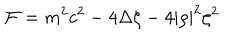
{ \cal F } = m ^ { 2 } c ^ { 2 } - 4 \Delta \zeta - 4 | \rho | ^ { 2 } \zeta ^ { 2 } \; \;